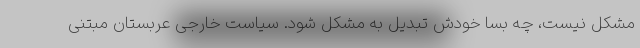
مشکل نیست، چه بسا خودش تبدیل به مشکل شود. سیاست خارجی عربستان مبتنی